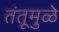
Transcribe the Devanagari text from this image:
तंतूमुळे